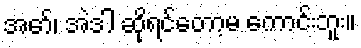
အော်၊ အဲဒါ ဆိုရင်တော့မ ကောင်းဘူး။